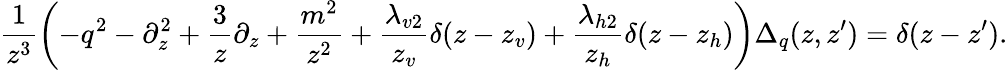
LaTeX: \frac{1}{z^{3}}\left(-q^{2}-\partial_{z}^{2}+\frac{3}{z}\partial_{z}+\frac{m^{2}}{z^{2}}+\frac{\lambda_{v2}}{z_{v}}\delta(z-z_{v})+\frac{\lambda_{h2}}{z_{h}}\delta(z-z_{h})\right)\Delta_{q}(z,z^{\prime})=\delta(z-z^{\prime}).